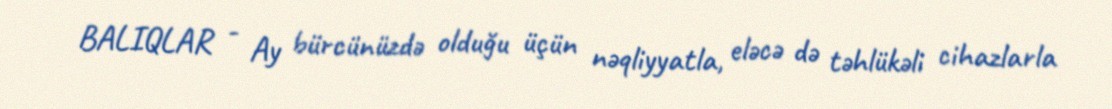
BALIQLAR - Ay bürcünüzdə olduğu üçün nəqliyyatla, eləcə də təhlükəli cihazlarla